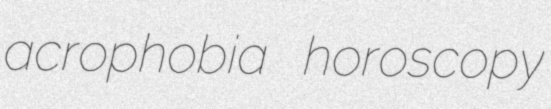
acrophobia horoscopy